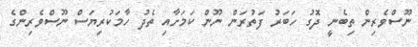
ނޫސްވެރިން ތިބެނީ ދޮގު ހަބަރު ފަތުރަން ނޫން ކަމަށާއި ތެދު ހާމަކުރިޔަސް ނޫސްވެރިންގެ